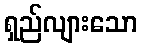
ရှည်လျားသော